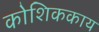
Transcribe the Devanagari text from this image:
कोशिककाय